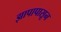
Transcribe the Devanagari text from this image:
झापापासून